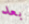
بعد